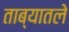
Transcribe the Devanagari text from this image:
ताब्यातले